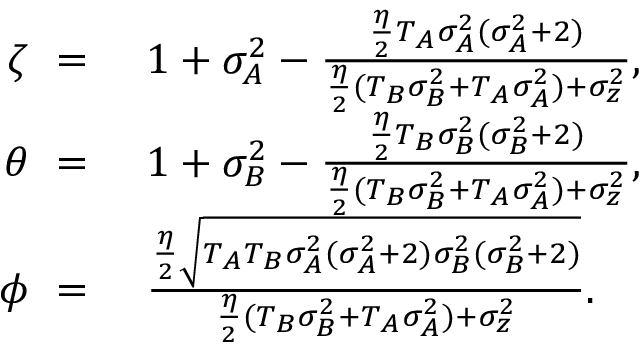
\begin{array} { r l } { \zeta ~ = } & { ~ 1 + \sigma _ { A } ^ { 2 } - \frac { \frac { \eta } { 2 } T _ { A } \sigma _ { A } ^ { 2 } ( \sigma _ { A } ^ { 2 } + 2 ) } { \frac { \eta } { 2 } ( T _ { B } \sigma _ { B } ^ { 2 } + T _ { A } \sigma _ { A } ^ { 2 } ) + \sigma _ { z } ^ { 2 } } , } \\ { \theta ~ = } & { ~ 1 + \sigma _ { B } ^ { 2 } - \frac { \frac { \eta } { 2 } T _ { B } \sigma _ { B } ^ { 2 } ( \sigma _ { B } ^ { 2 } + 2 ) } { \frac { \eta } { 2 } ( T _ { B } \sigma _ { B } ^ { 2 } + T _ { A } \sigma _ { A } ^ { 2 } ) + \sigma _ { z } ^ { 2 } } , } \\ { \phi ~ = } & { ~ \frac { \frac { \eta } { 2 } \sqrt { T _ { A } T _ { B } \sigma _ { A } ^ { 2 } ( \sigma _ { A } ^ { 2 } + 2 ) \sigma _ { B } ^ { 2 } ( \sigma _ { B } ^ { 2 } + 2 ) } } { \frac { \eta } { 2 } ( T _ { B } \sigma _ { B } ^ { 2 } + T _ { A } \sigma _ { A } ^ { 2 } ) + \sigma _ { z } ^ { 2 } } . } \end{array}